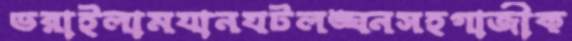
ভরাইলামযানযটলঙ্ঘনসহগাজীক